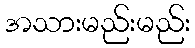
အသားမည်းမည်း